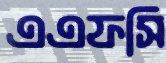
এএফসি